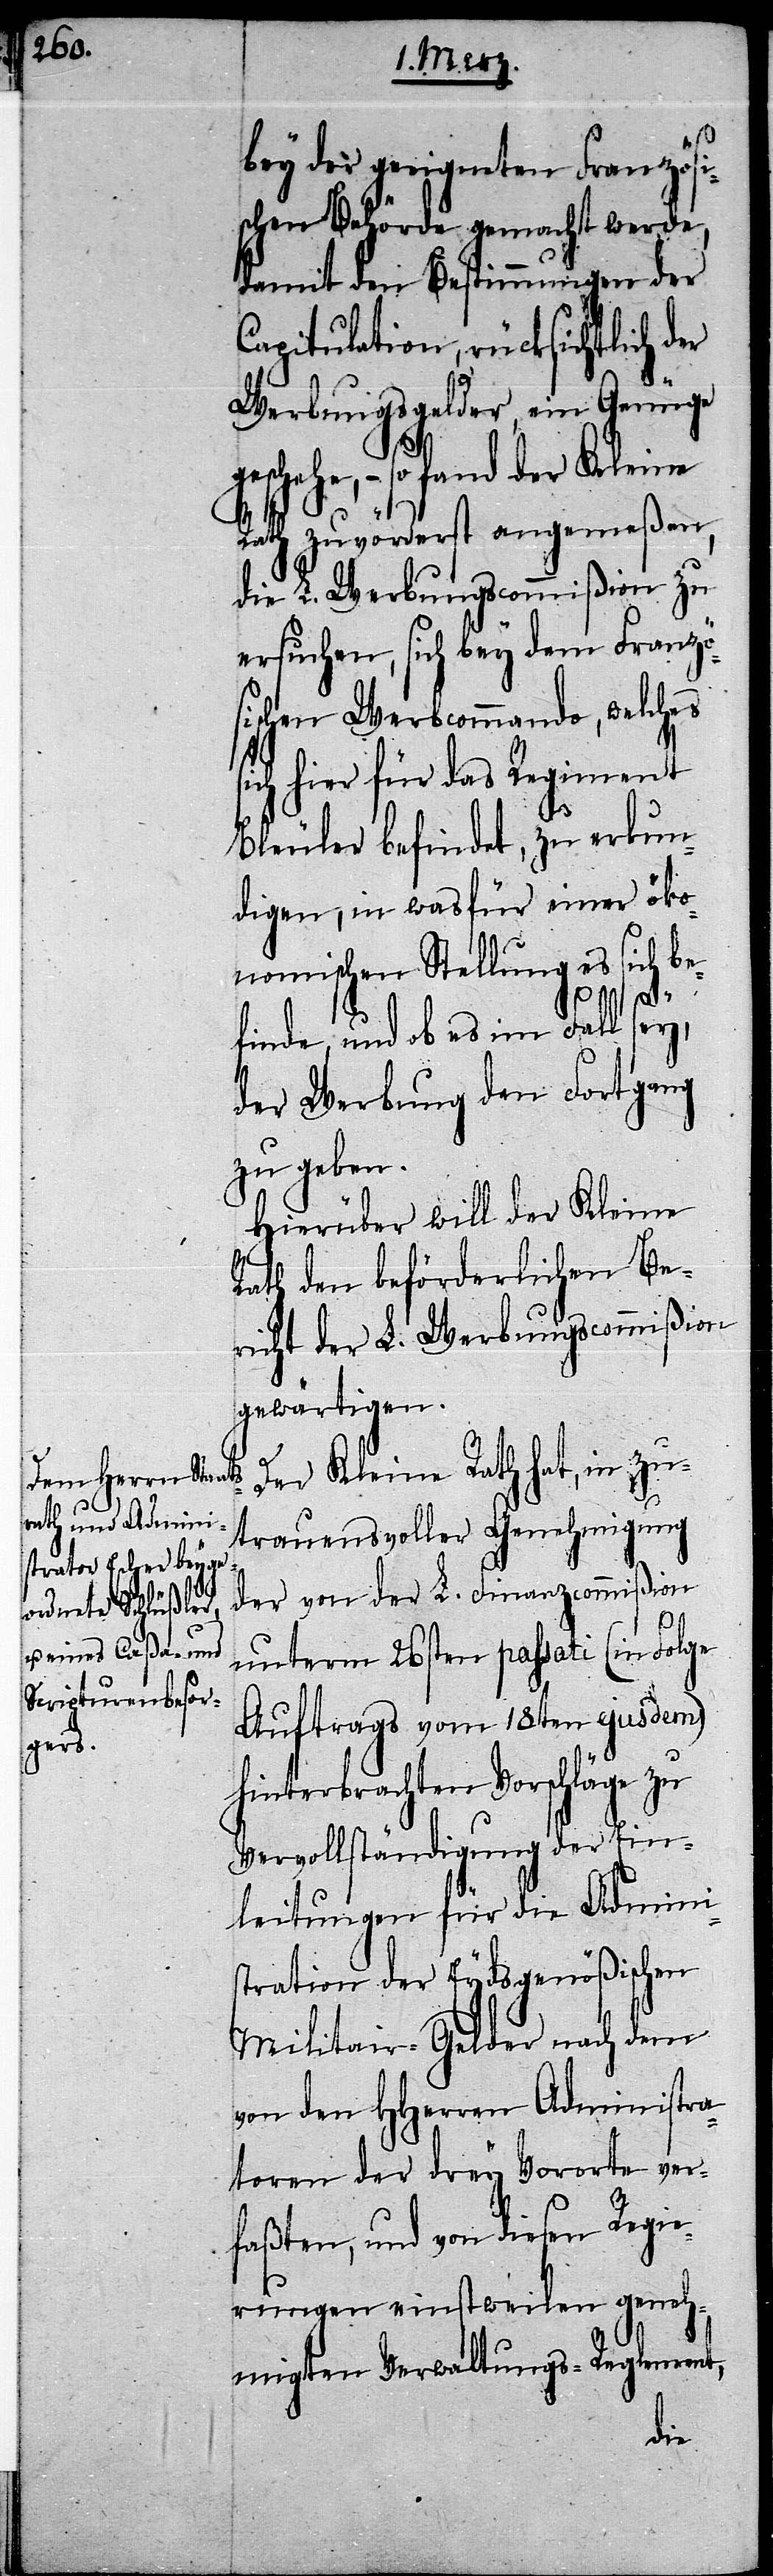
bey der geeigneten Französi¬
schen Behörde gemacht werde,
damit den Bestimmungen der
Capitulation, rücksichtlich der
Werbungsgelder, ein Genüge
hehe, – so fand der Kleine
Rath zuvörderst angemeßen,
die L. Werbungscommißion zu
ersuchen, sich bey dem Französ¬
ischen Werbcommando, welches
ich hier für das Regiment
Bleuler befindet, zu erkun¬
digen, in was für einer öko¬
nomischen Stellung es sich be¬
gesc¬
finde, und ob es im Fall sey,
der Werbung den Fortgang
zu geben.
Hierüber will der Kleine
Rath den beförderlichen Be¬
richt der L. Werbungscommißion
gewärtigen.
Der Kleine Rath hat, in zu¬
trauensvoller Genehmigung
der von der L. Finanzcommißion
s¬
unterm 26sten passati (in Folge
Auftrags vom 18ten ejusdem)
hinterbrachten Vorschläge zu
Vervollständigung der Ein¬
leitungen für die Admini¬
stration der Eydsgenößischen
Militair-Gelder nach dem
von den HHerren Administra¬
toren der drey Vororte ver¬
faßten, und von diesen Regie¬
rungen einstweilen geneh¬
migten Verwaltungs-Reglement,